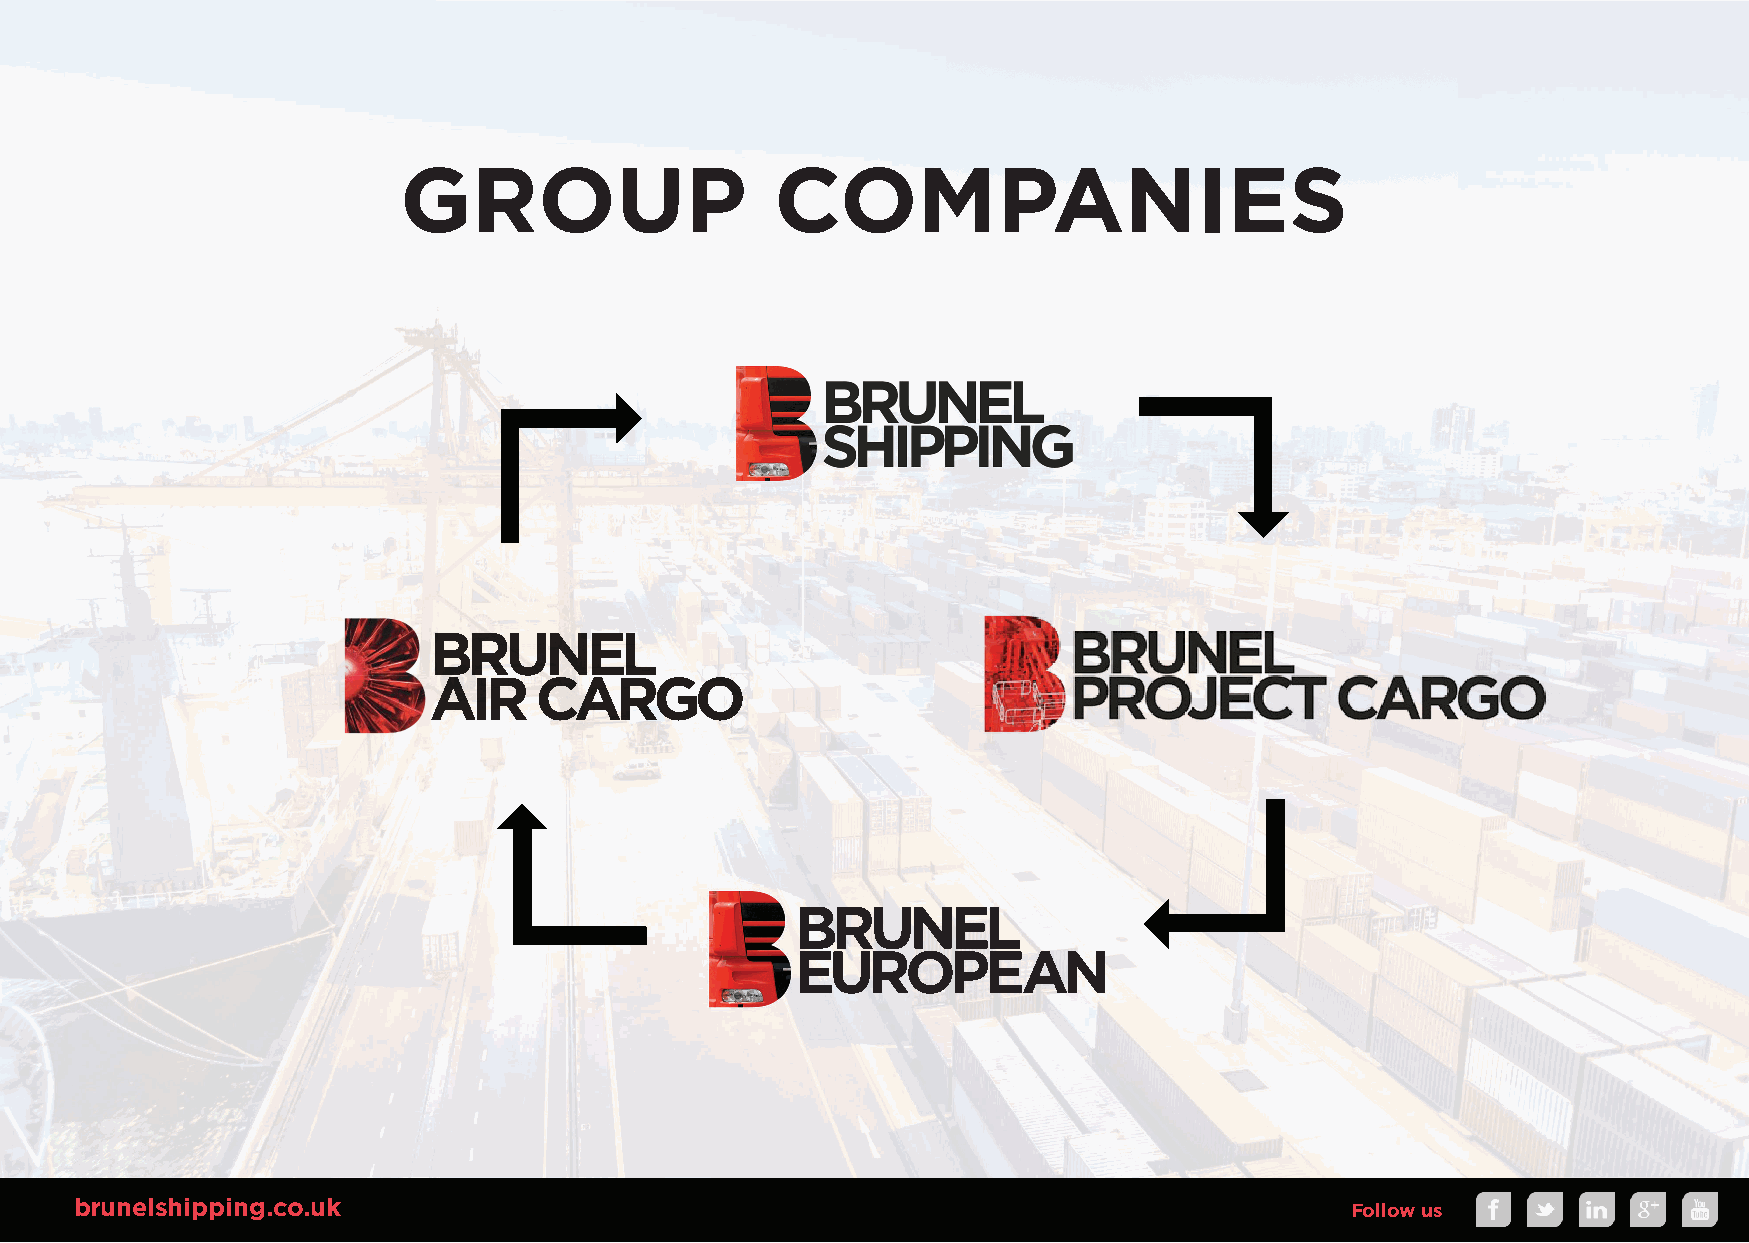
GROUP                   COMPANIES
 BRUNEL
 AIIIRRR CCCAARGO
 BRUNEL
 EUROPEAN
 brunelshipping.co.uk                                                                 Follow us
 BRUNEL_SHIPPING_CompanyPresentation_2018_V1.indd 3                                                          23/10/2018 15:44